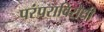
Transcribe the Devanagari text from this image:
परंपराविरोधी